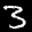
Label: 3